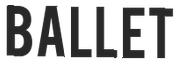
BALLET